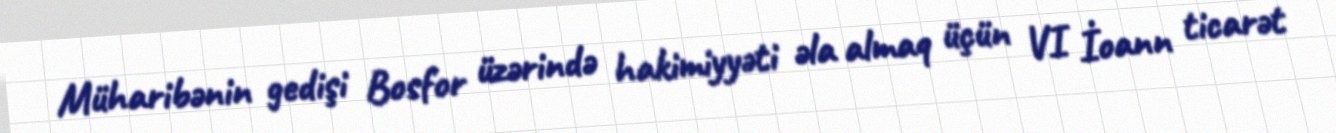
Müharibənin gedişi Bosfor üzərində hakimiyyəti əla almaq üçün VI İoann ticarət